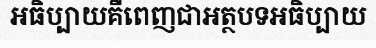
អធិប្បាយគឺពេញជាអត្ថបទអធិប្បាយ